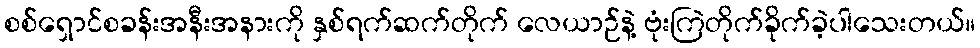
စစ်ရှောင်စခန်းအနီးအနားကို နှစ်ရက်ဆက်တိုက် လေယာဉ်နဲ့ ဗုံးကြဲတိုက်ခိုက်ခဲ့ပါသေးတယ်။